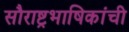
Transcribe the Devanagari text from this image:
सौराष्ट्रभाषिकांची